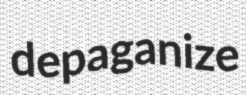
depaganize